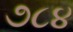
૭૮૪